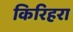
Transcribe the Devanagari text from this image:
किरिहरा